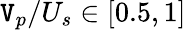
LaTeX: \mathtt{V}_{p}/U_{s}\in[0.5,1]